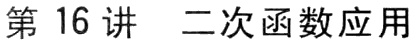
第16讲  二次函数应用